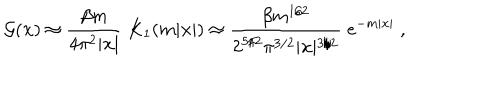
{ \cal G } ( { \bf x } ) \approx { \frac { \beta m } { 4 \pi ^ { 2 } \vert { \bf x } \vert } } \; K _ { 1 } ( m \vert { \bf x } \vert ) \approx { \frac { \beta m ^ { 1 / 2 } } { 2 ^ { 5 / 2 } \pi ^ { 3 / 2 } \vert { \bf x } \vert ^ { 3 / 2 } } } \; e ^ { - m \vert { \bf x } \vert } \; ,